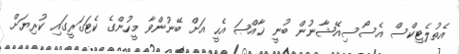
އެތުލެޓިކްސް އެސޯސިއޭޝާނުން ބުނީ ޚާއްޞަ އެހީ އަށް ބޭނުންވާ މީހުންގެ ކެޓަގަރީގައި ކުރިޔަށް